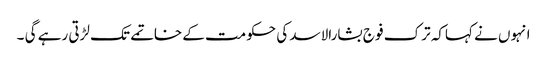
انہوں نے کہاکہ ترک فو ج بشارالاسد کی حکومت کے خاتمے تک لڑتی رہے گی ۔